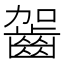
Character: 𪗬